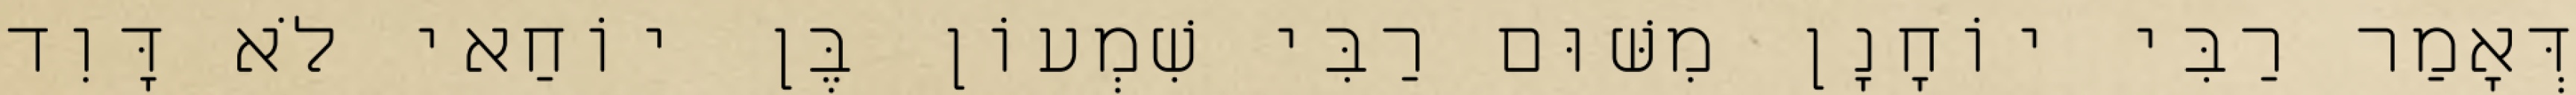
דְּאָמַר רַבִּי יוֹחָנָן מִשּׁוּם רַבִּי שִׁמְעוֹן בֶּן יוֹחַאי לֹא דָּוִד